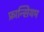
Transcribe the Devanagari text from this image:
फ्रान्सियम